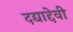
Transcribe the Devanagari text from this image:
दद्याद्देवी